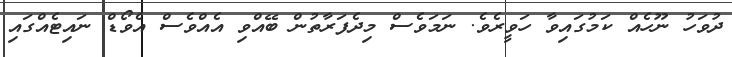
ދުވަހު ނޫހެއް ކަމުގައިވާ ހަވީރެވެ. ނަމަވެސް މިދެފަރާތުން ބޭއްވި އެއްވެސް އެވޯޑް ނައިޓެއްގައި